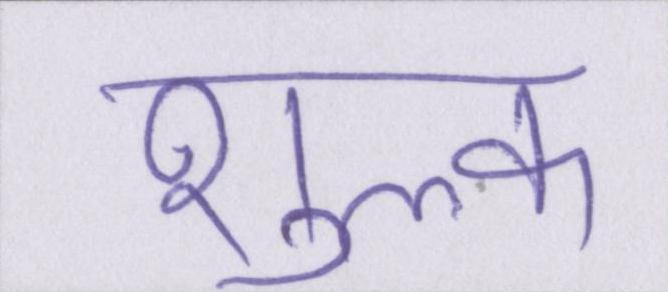
शुल्क